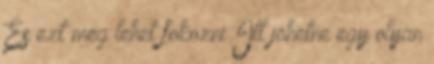
És ezt még lehet fokozni Itt jöhetne egy olyan